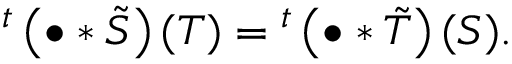
{ } ^ { t } \left( \bullet \ast { \tilde { S } } \right) ( T ) = { } ^ { t } \left( \bullet \ast { \tilde { T } } \right) ( S ) .